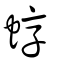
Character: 蜳